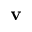
\mathbf { v }